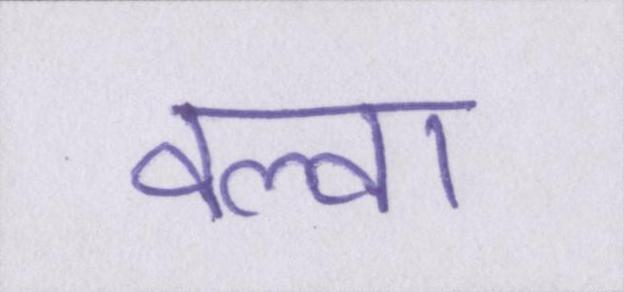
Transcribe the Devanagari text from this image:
वल्वा